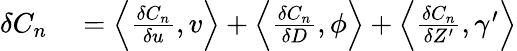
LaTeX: \begin{array}{rl}{\delta C_{n}}&{{}=\left\langle\frac{\delta C_{n}}{\delta u},v\right\rangle+\left\langle\frac{\delta C_{n}}{\delta D},\phi\right\rangle+\left\langle\frac{\delta C_{n}}{\delta Z^{\prime}},\gamma^{\prime}\right\rangle}\end{array}